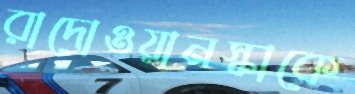
রাদোওয়ানস্কাকে